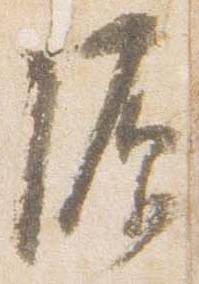
源